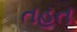
તહત